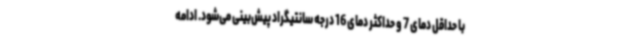
با حداقل دمای 7 و حداکثر دمای 16 درجه سانتیگراد پیش‌بینی می‌شود. ادامه